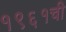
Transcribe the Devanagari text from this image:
१९६१ची